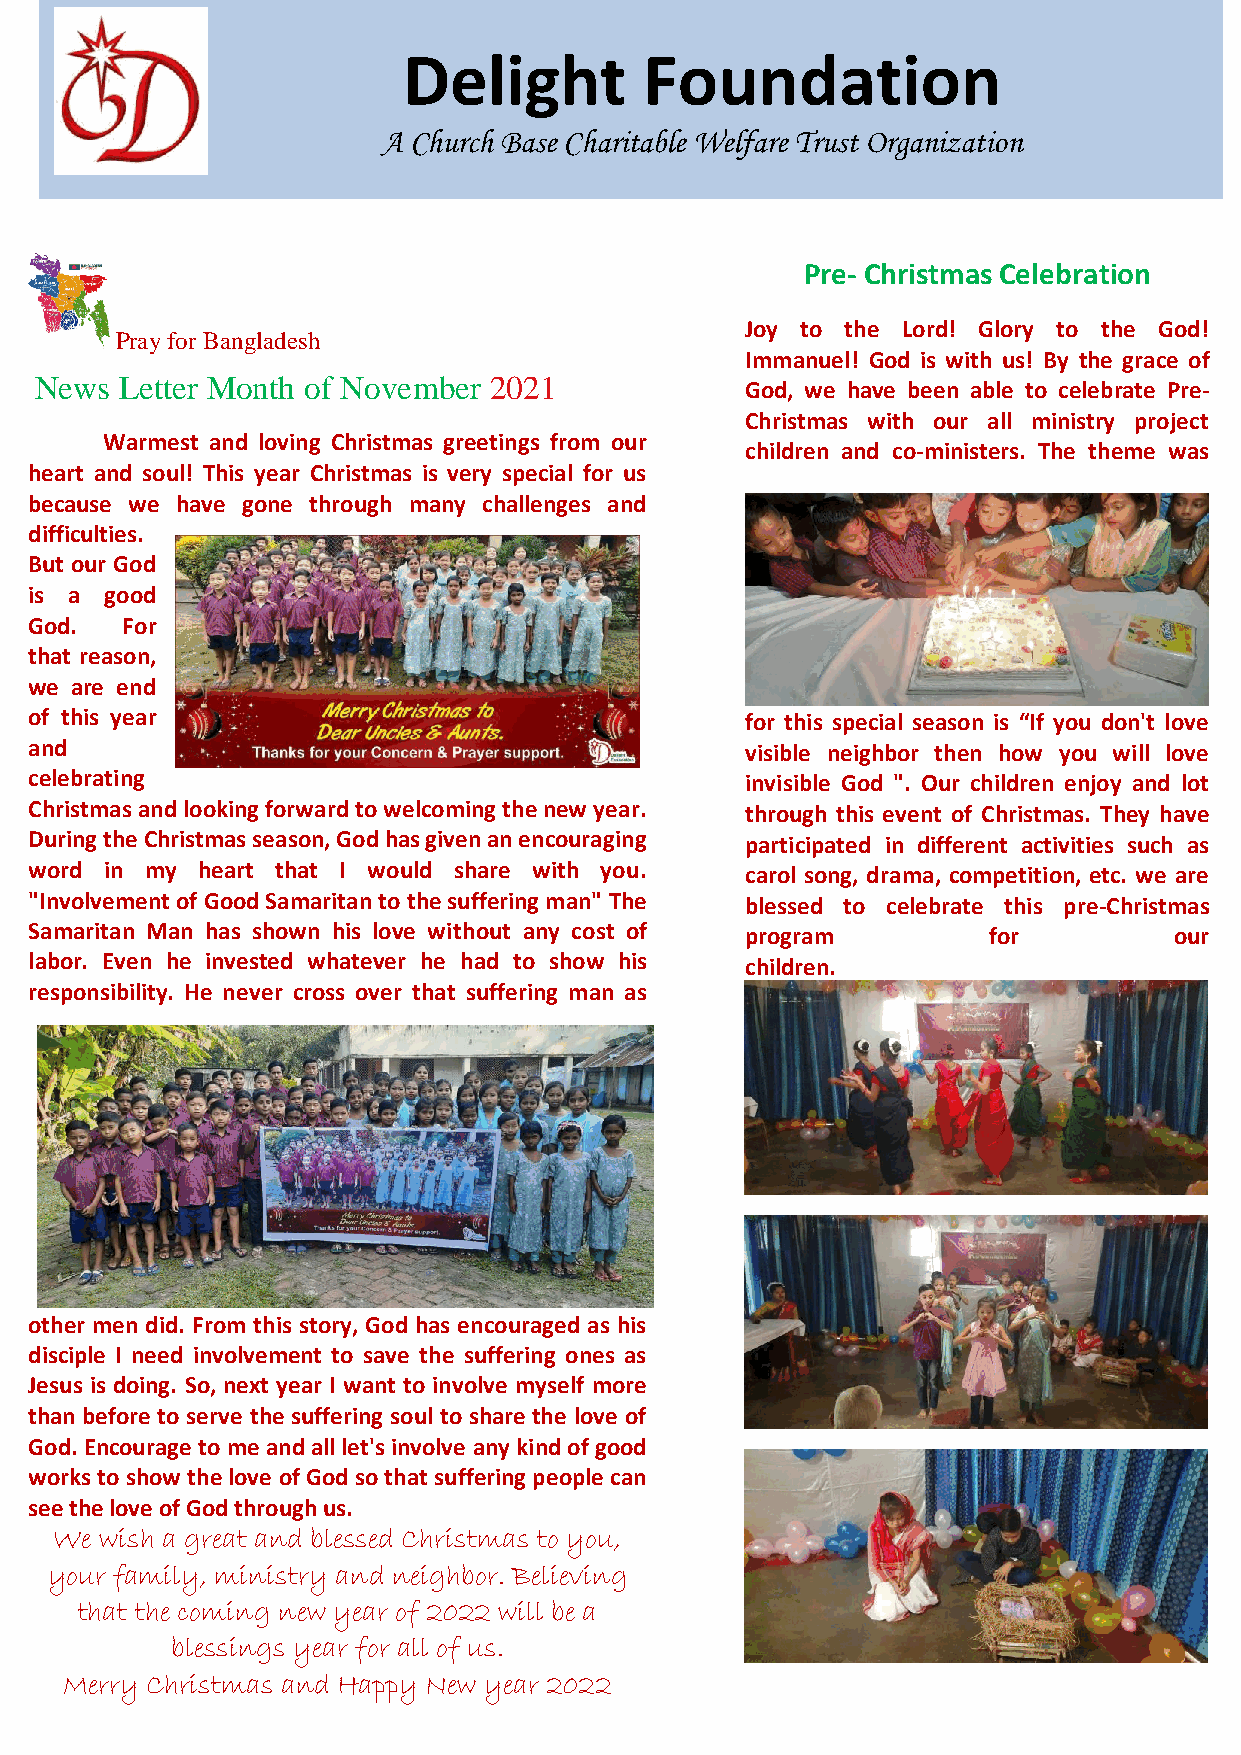
Delight         Foundation
 A Church Base Charitable Welfare Trust Organization
 Pre- Christmas Celebration
 Joy to the Lord! Glory to the God!
 Pray for Bangladesh
 Immanuel! God is with us! By the grace of
 News  Letter Month of November 2021
 God, we have been able to celebrate Pre-
 Christmas with our all ministry project
 Warmest and loving Christmas greetings from our
 children and co-ministers. The theme was
 heart and soul! This year Christmas is very special for us
 because we have gone through many challenges and
 difficulties.
 But our God
 is a good
 God.  For
 that reason,
 we are end
 of this year                                   for this special season is “If you don't love
 and                                            visible neighbor then how you will love
 celebrating                                    invisible God ". Our children enjoy and lot
 Christmas and looking forward to welcoming the new year. through this event of Christmas. They have
 During the Christmas season, God has given an encouraging participated in different activities such as
 word in my heart that I would share with you.  carol song, drama, competition, etc. we are
 "Involvement of Good Samaritan to the suffering man" The blessed to celebrate this pre-Christmas
 Samaritan Man has shown his love without any cost of program   for          our
 labor. Even he invested whatever he had to show his children.
 responsibility. He never cross over that suffering man as
 other men did. From this story, God has encouraged as his
 disciple I need involvement to save the suffering ones as
 Jesus is doing. So, next year I want to involve myself more
 than before to serve the suffering soul to share the love of
 God. Encourage to me and all let's involve any kind of good
 works to show the love of God so that suffering people can
 see the love of God through us.
 We wish a great and blessed Christmas to you,
 your family, ministry and neighbor. Believing
 that the coming new year of 2022 will be a
 blessings year for all of us.
 Merry Christmas and Happy New year 2022